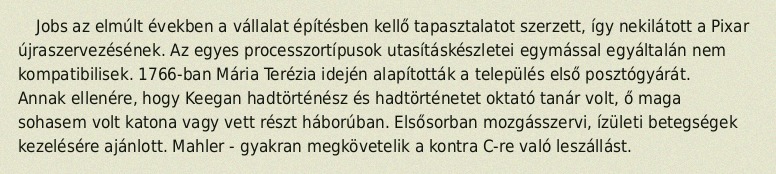
Jobs az elmúlt években a vállalat építésben kellő tapasztalatot szerzett, így nekilátott a Pixar újraszervezésének. Az egyes processzortípusok utasításkészletei egymással egyáltalán nem kompatibilisek. 1766-ban Mária Terézia idején alapították a település első posztógyárát. Annak ellenére, hogy Keegan hadtörténész és hadtörténetet oktató tanár volt, ő maga sohasem volt katona vagy vett részt háborúban. Elsősorban mozgásszervi, ízületi betegségek kezelésére ajánlott. Mahler - gyakran megkövetelik a kontra C-re való leszállást.